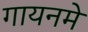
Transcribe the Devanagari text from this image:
गायनमे